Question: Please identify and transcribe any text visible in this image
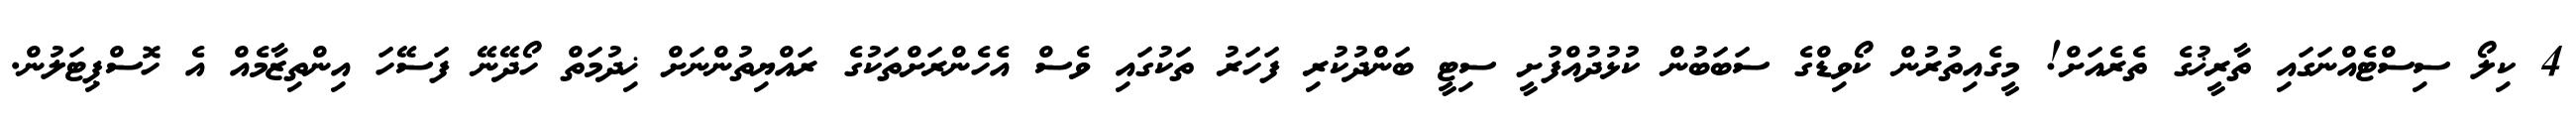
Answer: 4 ކިލޯ ސިސްޓެއްނަގައި ތާރީޚުގެ ތެރެއަށް! މީގެއިތުރުން ކޯވިޑްގެ ސަބަބުން ކުޅުދުއްފުށީ ސިޓީ ބަންދުކުރި ފަހަރު ތަކުގައި ވެސް އެހެންރަށްތަކުގެ ރައްޔިތުންނަށް ޚިދުމަތް ހޯދޭނޭ ފަސޭހަ އިންތިޒާމެއް އެ ހޮސްޕިޓަލުން.